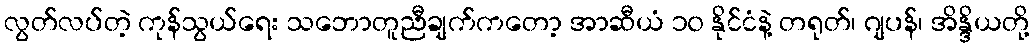
လွတ်လပ်တဲ့ ကုန်သွယ်ရေး သဘောတူညီချက်ကတော့ အာဆီယံ ၁၀ နိုင်ငံနဲ့ တရုတ်၊ ဂျပန်၊ အိန္ဒိယတို့